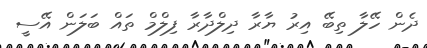
ދެން ހޭލާ ތިބޭ އިރު ޔާރާ ދިލްދާރާ ފިލްމް ތައް ބަލަން އޭސީ